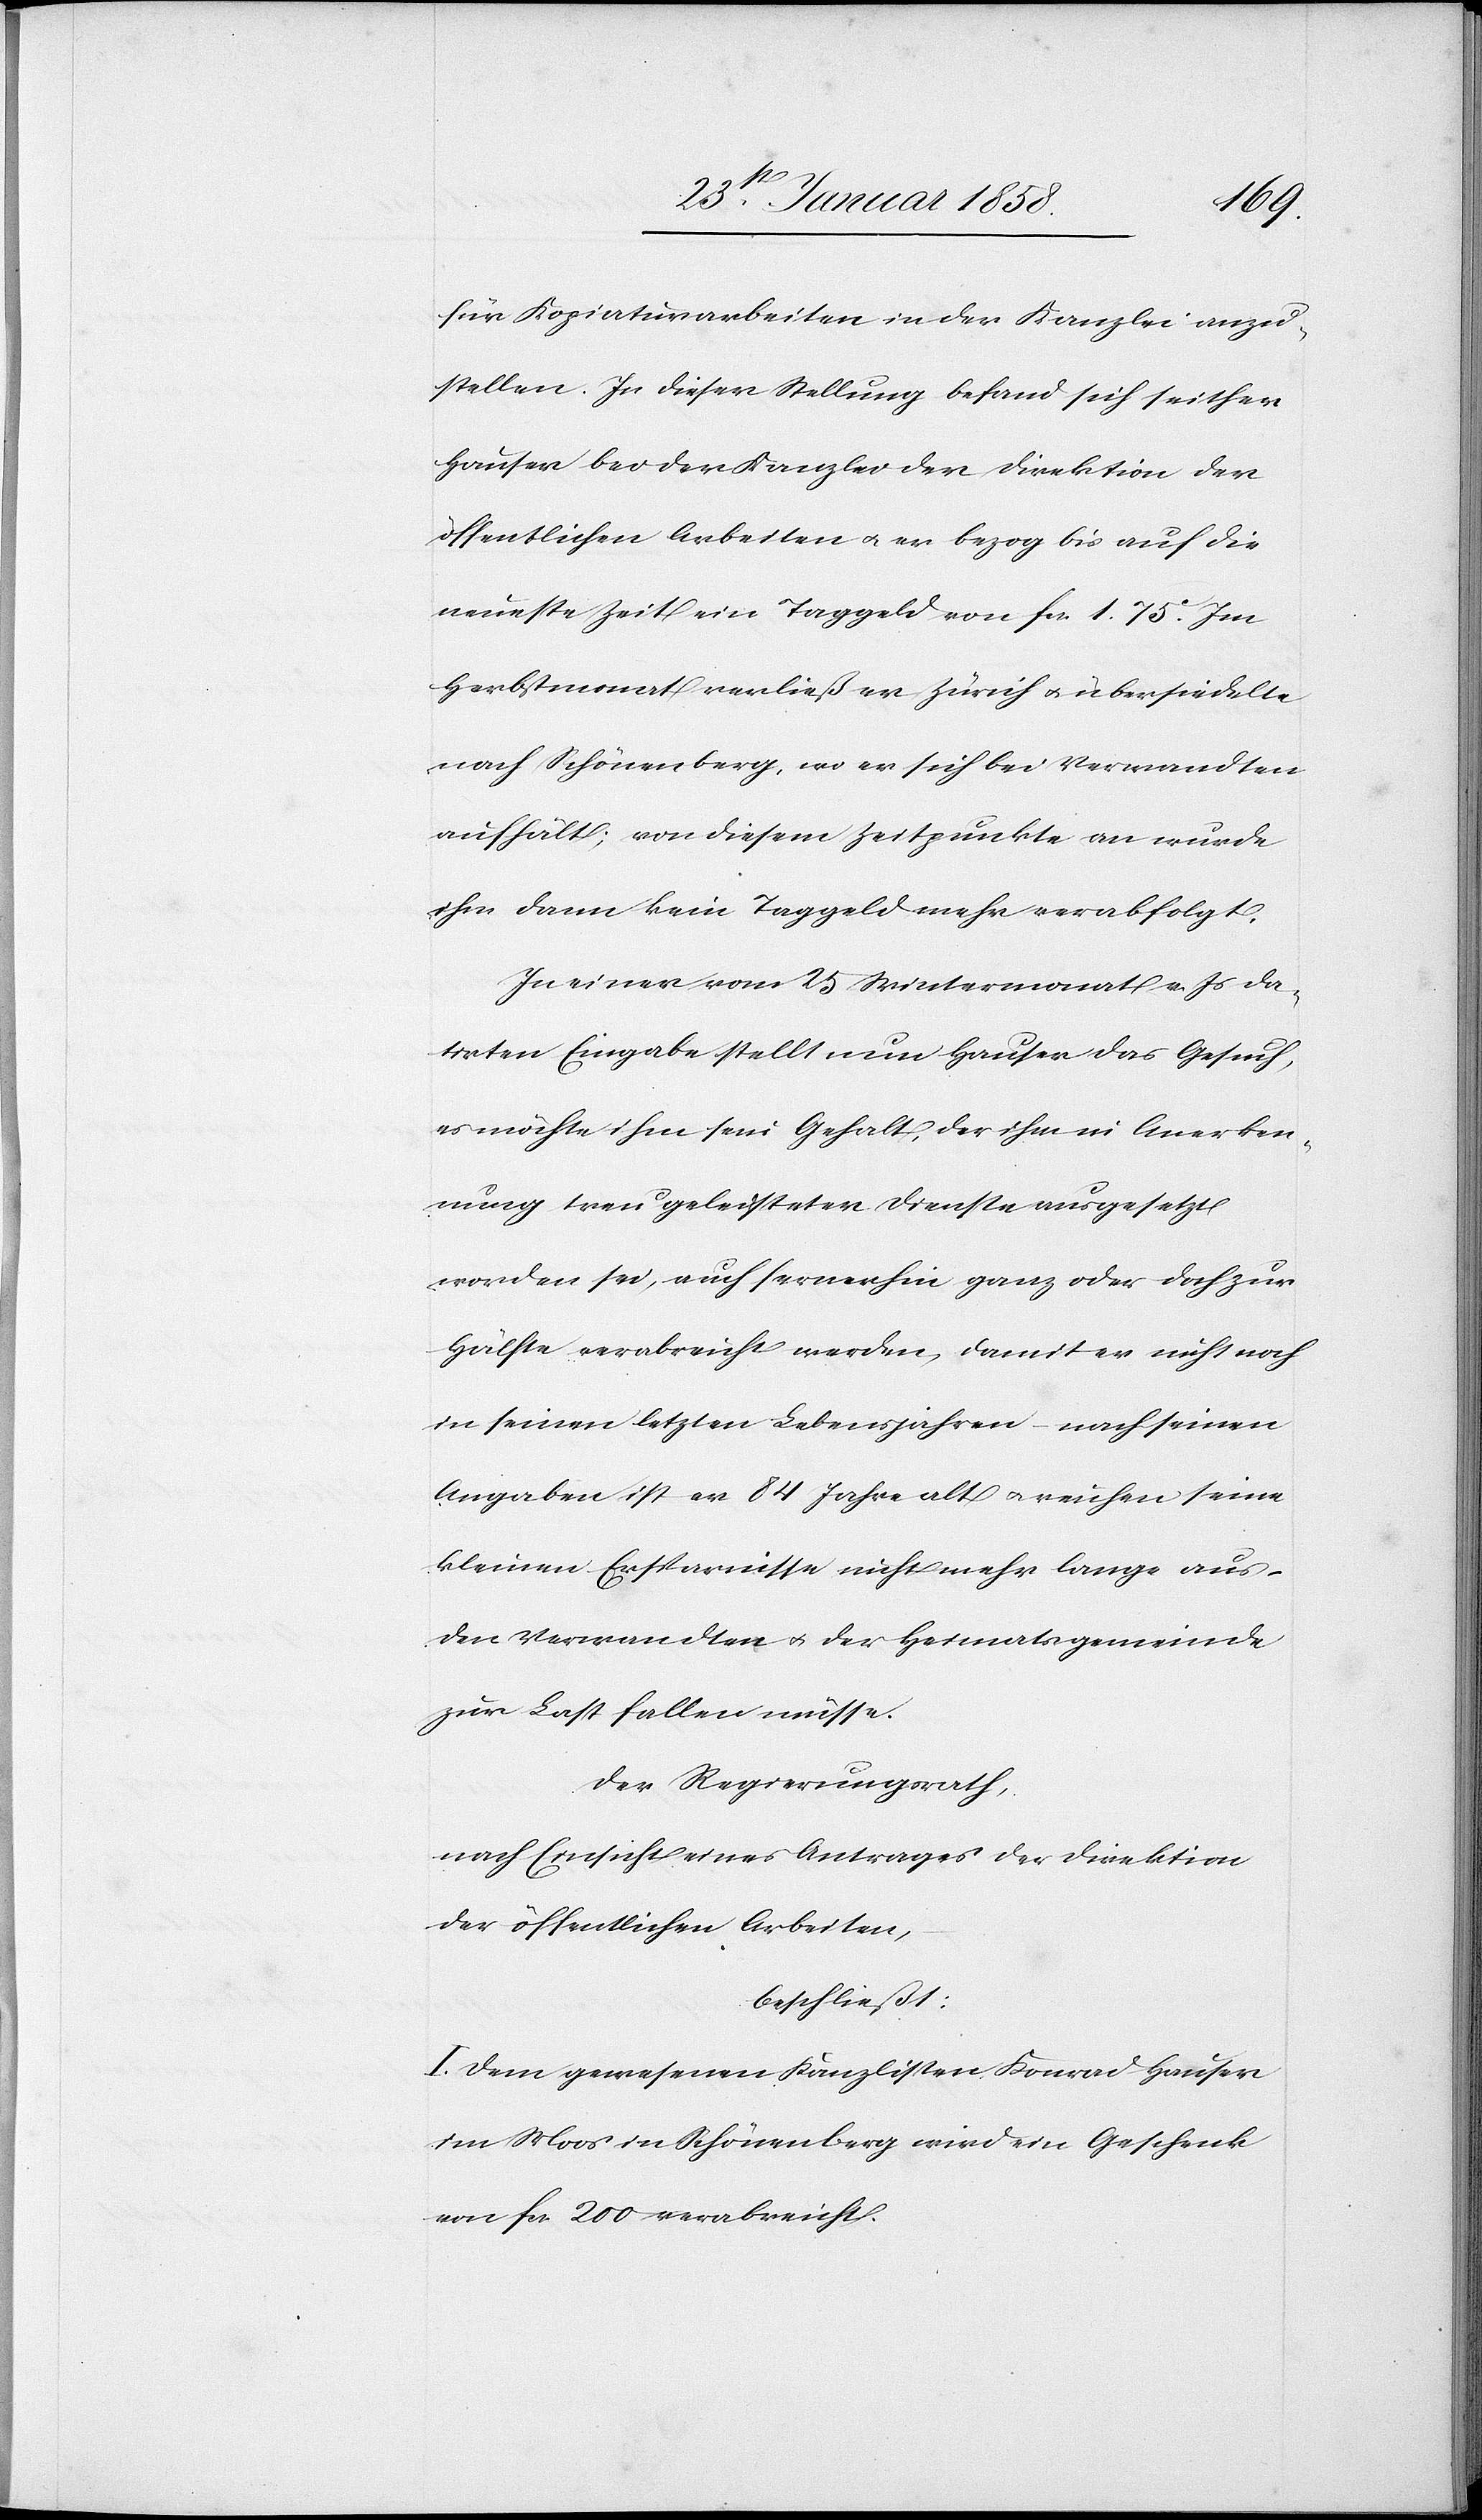
für Kopiaturarbeiten in der Kanzlei anzu¬
stellen. In dieser Stellung befand sich seither
Hauser bei der Kanzlei der Direktion der
öffentlichen Arbeiten u. er bezog bis auf die
neueste Zeit ein Taggeld von fc. 1. 75 c. Im
Herbstmonat verließ er Zürich u. übersiedelte
nach Schönenberg, wo er sich bei Verwandten
aufhält; von diesem Zeitpunkte an wurde
ihm dann kein Taggeld mehr verabfolgt.
In einer vom 25 Wintermonat v. Js da¬
tirten Eingabe stellt nun Hauser das Gesuch,
es möchte ihm sein Gehalt, der ihm in Anerken¬
nung treu geleisteter Dienste ausgesetzt
worden sei, auch fernerhin ganz oder doch zur
Hälfte verabreicht werden, damit er nicht noch
in seinen letzten Lebensjahren – nach seinen
Angaben ist er 84 Jahre alt u. reichen seine
kleinen Ersparnisse nicht mehr lange aus
den Verwandten u. der Heimatsgemeinde
zur Last fallen müsse.
Der Regierungsrath,
nach Einsicht eines Antrages der Direktion
der öffentlichen Arbeiten,
beschließt:
I. Dem gewesenen Kanzlisten Konrad Hauser
im Moos in Schönenberg wird ein Geschenk
von fcs. 200 verabreicht.